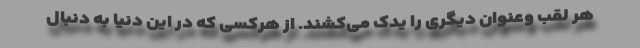
هر لقب وعنوان دیگری را یدک می‌کشند. از هرکسی که در این دنیا به دنبال